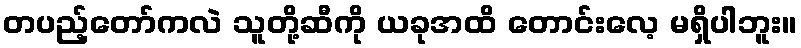
တပည့်တော်ကလဲ သူတို့ဆီကို ယခုအထိ တောင်းလေ့ မရှိပါဘူး။